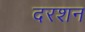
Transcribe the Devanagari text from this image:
दरशन